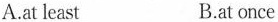
A.at least B.at once